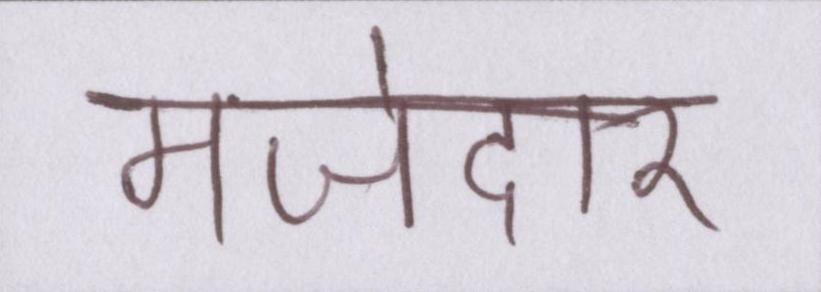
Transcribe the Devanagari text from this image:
मजेदार